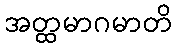
အတ္ထမာဂမာတိ